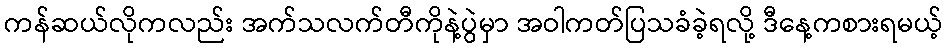
ကန်ဆယ်လိုကလည်း အက်သလက်တီကိုနဲ့ပွဲမှာ အဝါကတ်ပြသခံခဲ့ရလို့ ဒီနေ့ကစားရမယ့်